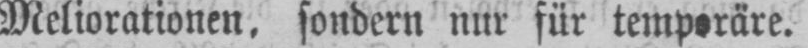
Meliorationen, sondern nur für temporäre.